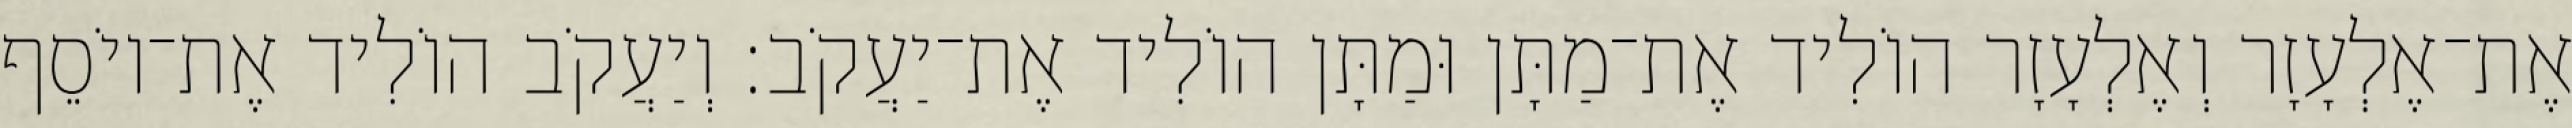
אֶת־אֶלְעָזָר וְאֶלְעָזָר הוֹלִיד אֶת־מַתָּן וּמַתָּן הוֹלִיד אֶת־יַעֲקֹב׃ וְיַעֲקֹב הוֹלִיד אֶת־יוֹסֵף